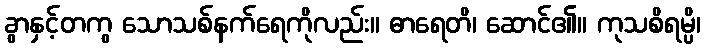
ခွာနှင့်တကွ သောသစ်နက်ရေကိုလည်း။ ဓာရေတိ၊ ဆောင်၏။ ကုသစိရမ္ပိ၊